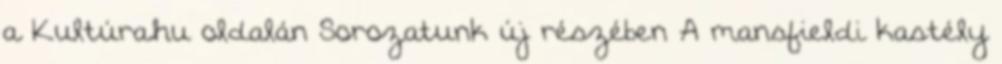
a Kultúra.hu oldalán Sorozatunk új részében A mansfieldi kastély